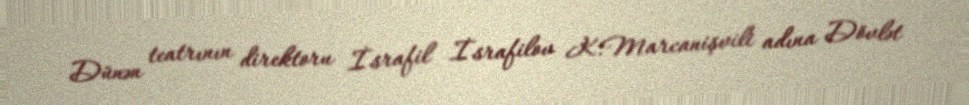
Dünən teatrının direktoru İsrafil İsrafilov K.Marcanişvili adına Dövlət